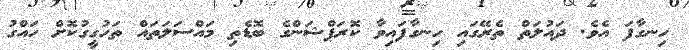
ހިނގާފަ އެވެ. ދައުލަތް ތެރޭގައި ހިނގާފައިވާ ކޮރަޕްޝަންގެ ބޮޑެތި މައްސަލަތައް ތަހުގީގުކޮށް ހައްގު